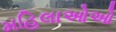
મહિલાઓઓ